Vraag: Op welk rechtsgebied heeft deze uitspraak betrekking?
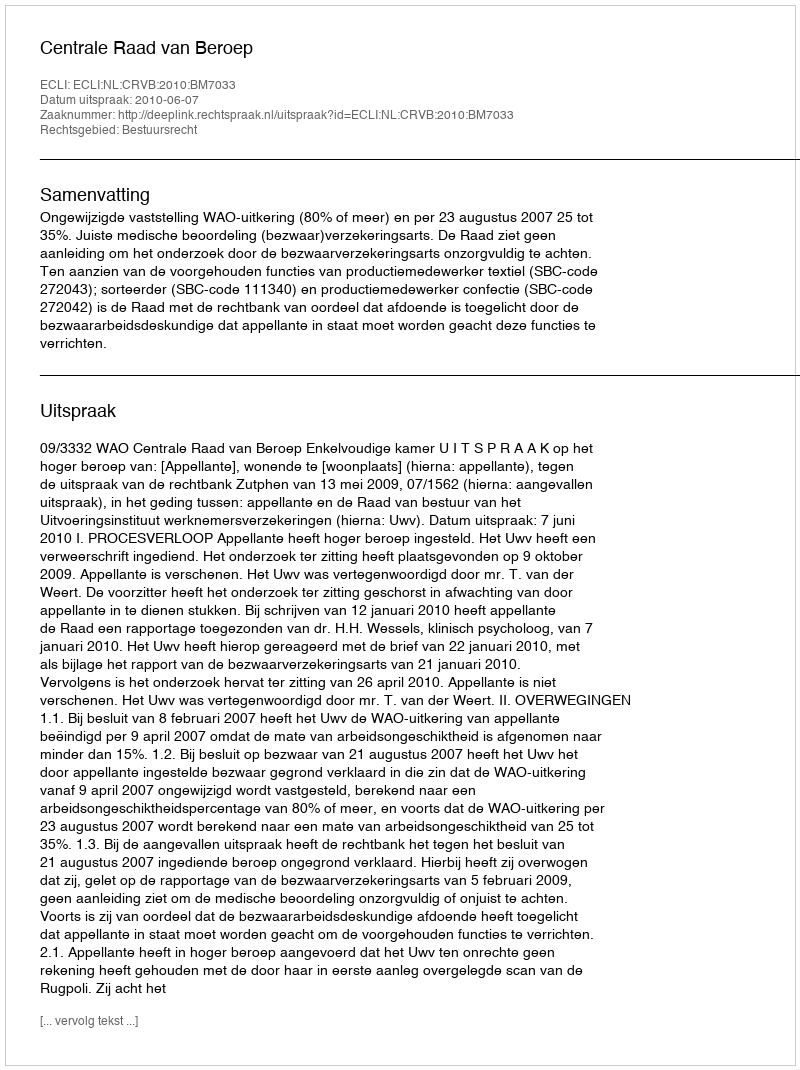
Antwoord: Bestuursrecht